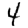
Digit: 4